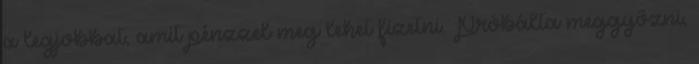
a legjobbat, amit pénzzel meg lehet fizetni. Próbálta meggyőzni,